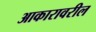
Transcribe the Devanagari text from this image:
आकारावरील